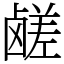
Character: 鹾